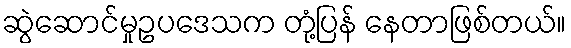
ဆွဲဆောင်မှုဥပဒေသက တုံ့ပြန် နေတာဖြစ်တယ်။